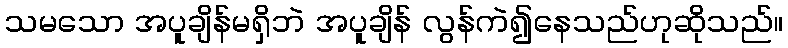
သမသော အပူချိန်မရှိဘဲ အပူချိန် လွန်ကဲ၍နေသည်ဟုဆိုသည်။